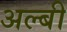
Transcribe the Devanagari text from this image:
अल्बी